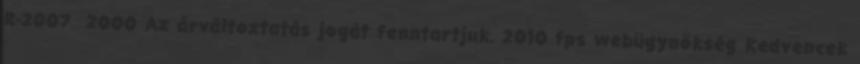
R-2007 2000 Az árváltoztatás jogát fenntartjuk. 2010 fps webügynökség Kedvencek